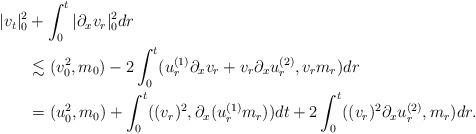
LaTeX: \begin{align*}|v_t|^2_0 & + \int_0^t |\partial _x v_r|^2_0 dr\\ & \lesssim (v_0^2,m_0) - 2 \int_0^t ( u_r^{(1)} \partial _x v_r + v_r \partial _x u^{(2)}_r ,v_r m_r) dr \\ & = (u_0^2,m_0) + \int_0^t ( (v_r)^2, \partial _x(u_r^{(1)} m_r)) dt + 2 \int_0^t ( (v_r)^2 \partial _x u^{(2)}_r , m_r) dr .\end{align*}